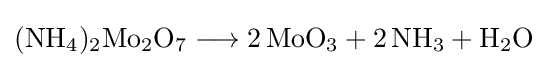
{(\mathrm {NH} {\vphantom {A}}_{\smash[{t}]{4}}){\vphantom {A}}_{\smash[{t}]{2}}\mathrm {Mo} {\vphantom {A}}_{\smash[{t}]{2}}\mathrm {O} {\vphantom {A}}_{\smash[{t}]{7}}{}\mathrel {\longrightarrow } {}2\,\mathrm {MoO} {\vphantom {A}}_{\smash[{t}]{3}}{}+{}2\,\mathrm {NH} {\vphantom {A}}_{\smash[{t}]{3}}{}+{}\mathrm {H} {\vphantom {A}}_{\smash[{t}]{2}}\mathrm {O} }